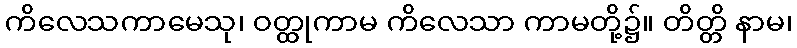
ကိလေသကာမေသု၊ ဝတ္ထုကာမ ကိလေသာ ကာမတို့၌။ တိတ္တိ နာမ၊